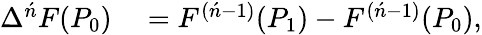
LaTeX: \begin{array}{rl}{\Delta^{\acute{n}}F(P_{0})}&{{}=F^{({\acute{n}}-1)}(P_{1})-F^{({\acute{n}}-1)}(P_{0}),}\end{array}